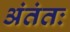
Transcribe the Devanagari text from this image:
अंतंतः